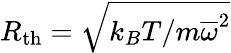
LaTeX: R_{\mathrm{th}}=\sqrt{k_{B}T/m\overline{{\omega}}^{2}}